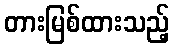
တားမြစ်ထားသည့်